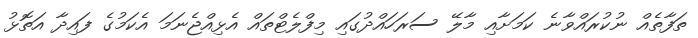
ތަފާތެއް ނުކުރައްވާނެ ކަމަށާއި މާލޭ ސަރަހައްދުގައި މިފްލެޓްތައް އެޅިއްޖެނަމަ އެކަމުގެ ފައިދާ އަތޮޅު